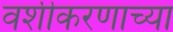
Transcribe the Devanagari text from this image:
वशीकरणाच्या